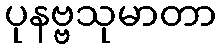
ပုနဗ္ဗသုမာတာ